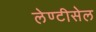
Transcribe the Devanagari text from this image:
लेण्टीसेल